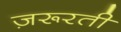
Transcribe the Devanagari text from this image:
ज़रूरती